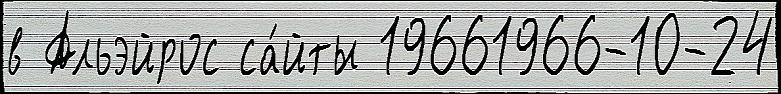
в Альэйрос са́йты 19661966-10-24